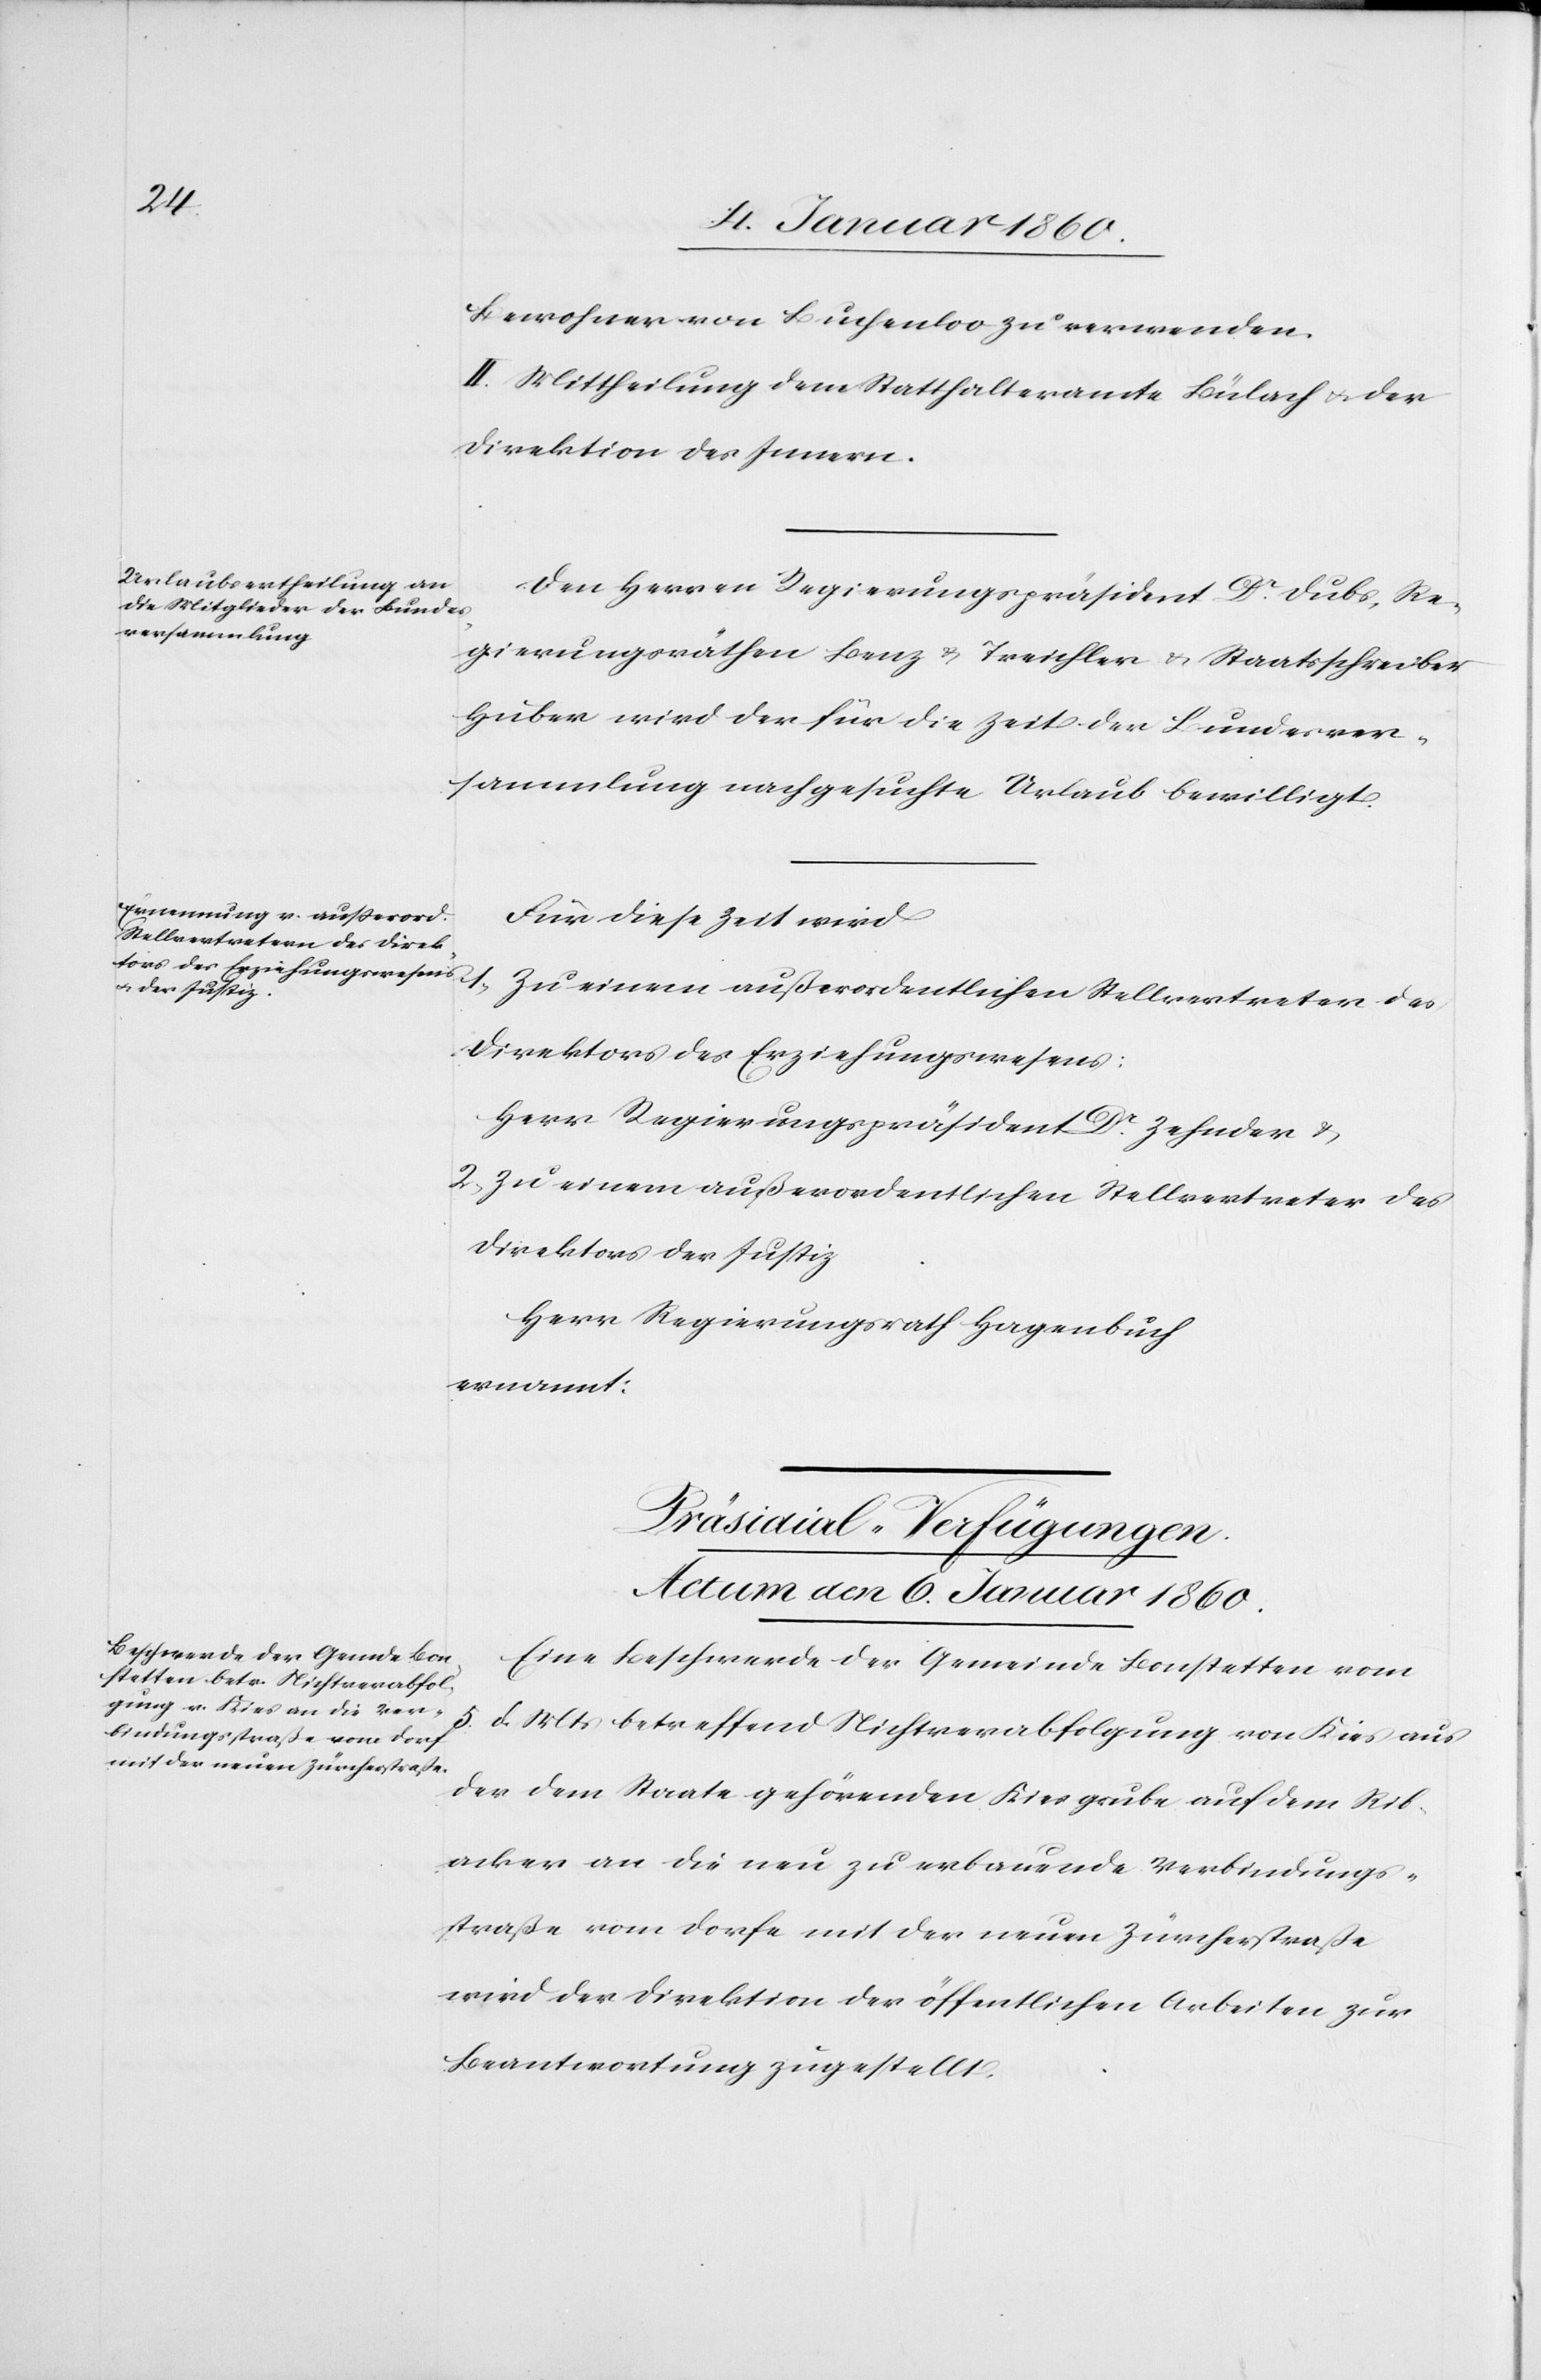
Bewohner von Buchenloo zu verwenden.
II. Mittheilung dem Statthalteramte Bülach u. der
Direktion des Innern.
Den Herren Regierungspräsident Dr Dubs, Re¬
gierungsräthen Benz u. Treichler u. Staatsschreiber
Huber wird der für die Zeit der Bundesver¬
sammlung nachgesuchter Urlaub bewilligt.
Für diese Zeit wird
1. Zu einem außerordentlichen Stellvertreter des
Direktors des Erziehungswesens:
Herr Regierungspräsident Dr Zehnder u.
2. Zu einem außerordentlichen Stellvertreter des
Direktors der Justiz
Herr Regierungsrath Hagenbuch
ernannt.
Präsidial-Verfügungen.
Actum den 6. Januar 1860.
Eine Beschwerde der Gemeinde Bonstetten vom
5. d. Mts. betreffend Nichtverabfolgung von Kies aus
der dem Staate gehörenden Kiesgrube auf dem Rib¬
acker an die neu zu erbauende Verbindungs¬
straße vom Dorfe und der neuen Zürcherstraße
wird der Direktion der öffentlichen Arbeiten zur
Beantwortung zugestellt.